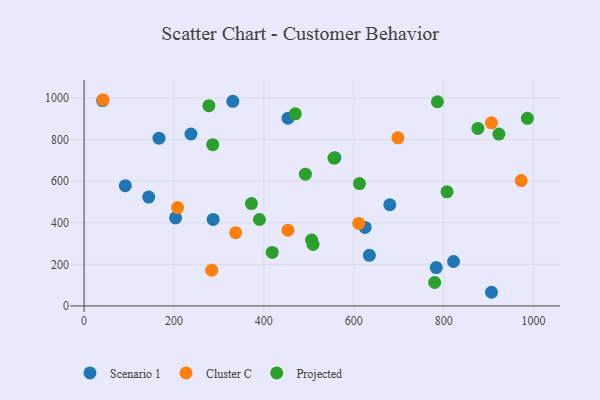
{"axis": {"x": "Ad Spend", "y": "Sales"}, "legend": ["Cluster C", "Projected", "Scenario 1"], "data": [{"x": "821.9", "y": 213.8, "type": "Scenario 1"}, {"x": "143.8", "y": 523.2, "type": "Scenario 1"}, {"x": "557.9", "y": 713.0, "type": "Scenario 1"}, {"x": "41.3", "y": 987.0, "type": "Scenario 1"}, {"x": "91.7", "y": 578.4, "type": "Scenario 1"}, {"x": "625.2", "y": 377.5, "type": "Scenario 1"}, {"x": "783.5", "y": 184.3, "type": "Scenario 1"}, {"x": "203.5", "y": 423.8, "type": "Scenario 1"}, {"x": "237.8", "y": 826.6, "type": "Scenario 1"}, {"x": "453.8", "y": 902.4, "type": "Scenario 1"}, {"x": "680.2", "y": 486.6, "type": "Scenario 1"}, {"x": "906.3", "y": 65.8, "type": "Scenario 1"}, {"x": "330.9", "y": 983.6, "type": "Scenario 1"}, {"x": "166.7", "y": 806.4, "type": "Scenario 1"}, {"x": "287.2", "y": 416.1, "type": "Scenario 1"}, {"x": "634.7", "y": 243.5, "type": "Scenario 1"}, {"x": "283.9", "y": 171.9, "type": "Cluster C"}, {"x": "906.2", "y": 880.4, "type": "Cluster C"}, {"x": "698.2", "y": 808.3, "type": "Cluster C"}, {"x": "208.0", "y": 472.7, "type": "Cluster C"}, {"x": "972.4", "y": 602.7, "type": "Cluster C"}, {"x": "611.0", "y": 396.9, "type": "Cluster C"}, {"x": "42.0", "y": 991.3, "type": "Cluster C"}, {"x": "453.5", "y": 364.4, "type": "Cluster C"}, {"x": "337.3", "y": 352.4, "type": "Cluster C"}, {"x": "390.1", "y": 415.7, "type": "Projected"}, {"x": "286.2", "y": 775.4, "type": "Projected"}, {"x": "372.3", "y": 492.2, "type": "Projected"}, {"x": "807.5", "y": 548.7, "type": "Projected"}, {"x": "469.9", "y": 923.7, "type": "Projected"}, {"x": "786.1", "y": 981.6, "type": "Projected"}, {"x": "555.9", "y": 710.8, "type": "Projected"}, {"x": "277.7", "y": 962.6, "type": "Projected"}, {"x": "506.1", "y": 317.0, "type": "Projected"}, {"x": "492.4", "y": 633.3, "type": "Projected"}, {"x": "986.2", "y": 902.1, "type": "Projected"}, {"x": "922.8", "y": 826.2, "type": "Projected"}, {"x": "612.6", "y": 588.1, "type": "Projected"}, {"x": "876.1", "y": 853.4, "type": "Projected"}, {"x": "780.0", "y": 112.7, "type": "Projected"}, {"x": "509.4", "y": 295.7, "type": "Projected"}, {"x": "418.6", "y": 257.4, "type": "Projected"}]}